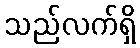
သည်လက်ရှိ